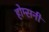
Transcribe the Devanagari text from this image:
होम्सनी